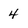
Character: 4